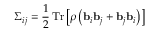
\Sigma _ { i j } = \frac { 1 } { 2 } \operatorname { T r } \left[ \rho \left( { \mathbf { b } } _ { i } { \mathbf { b } } _ { j } + { \mathbf { b } } _ { j } { \mathbf { b } } _ { i } \right) \right]